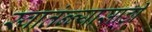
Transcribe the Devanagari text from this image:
स्वातंन्न्यासाठी